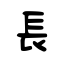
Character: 長